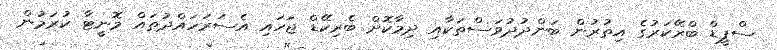
ސްޕީޑް ބްރޭކަރުގެ އިތުރުން ބަންދުދުވަސްތަކާއި ދިމާކޮށް ބެރިކޭޑް ޖަހައި އެސަރަހައްދުތައް މޮނީޓާ ކުރަމުން